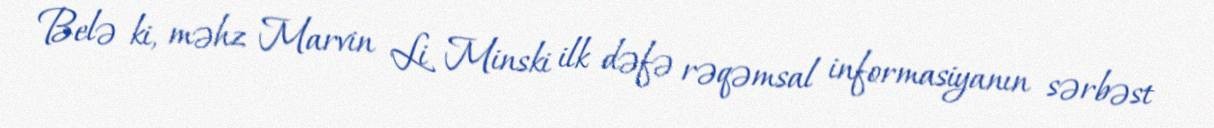
Belə ki, məhz Marvin Li Minski ilk dəfə rəqəmsal informasiyanın sərbəst